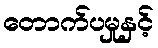
တောက်ပမှုနှင့်